Cholera in India, 1862 to 1881
Year: 1862
Disease focus: Cholera
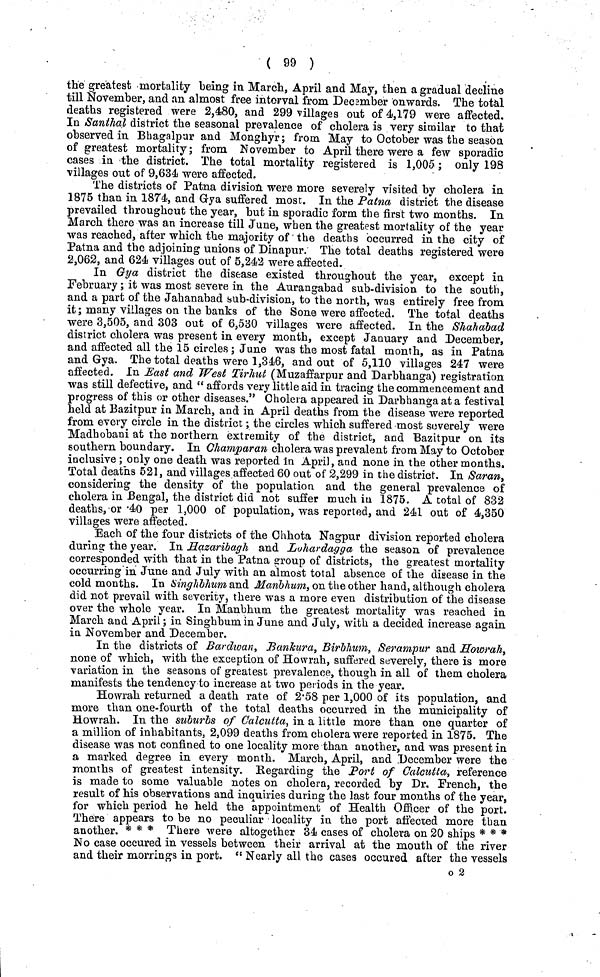
( 99 )
the greatest mortality being in March, April and May, then a gradual decline
till November, and an almost free interval from December onwards. The total
deaths registered were 2,480, and 299 villages out of 4,179 were affected.
In Santhal district the seasonal prevalence of cholera is very similar to that
observed in Bhagalpar and Monghyr; from May to October was the season
of greatest mortality; from November to April there were a few sporadic
cases in the district. The total mortality registered is 1,005; only 198
villages out of 9,634 were affected.
The districts of Patna division were more severely visited by cholera in
1875 than in 1874, and Gya suffered most. In the Patna district the disease
prevailed throughout the year, but in sporadic form the first two months. In
March there was an increase till June, when the greatest mortality of the year
was reached, after which the majority of the deaths occurred in the city of
Patna and the adjoining unions of Dinapur. The total deaths registered were
2,062, and 624 villages out of 5,242 were affected.
In Gya district the disease existed throughout the year, except in
February; it was most severe in the Aurangabad" sub-division to the south,
and a part of the Jahanabad sub-division, to the north, was entirely free from
it; many villages on the banks of the Sone were affected. The total deaths
were 3,505, and 303 out of 6,530 villages were affected. In the Shahabad
district cholera was present in every month, except January and December,
and affected all the 15 circles; June was the most fatal month, as in Patna
and Gya, The total deaths were 1,346, and out of 5,110 villages 247 were
affected. In East and West Tirhut (Muzaffarpur and Darbhanga) registration
was still defective, and " affords very little aid in tracing the commencement and
progress of this or other diseases." Cholera appeared in Darbhanga at a festival
held at Bazitpur in March, and in April deaths from the disease were reported
from every circle in the district; the circles which suffered most severely were
Madhobani at the northern extremity of the district, and Bazitpur on its
southern boundary. In Ghamparan cholera was prevalent from May to October
inclusive; only one death was reported in April, and none in the other months.
Total deatns 521, and villages affected 60 out of 2,299 in the district. In Saran,
considering the density of the population and the general prevalence of
cholera in Bengal, the district did not suffer much in 1875. A total of 832
deaths, or '40 per 1,000 of population, was reported, and 241 out of 4,350
villages were affected.
Each of the four districts of the Chhota Nagpur division reported cholera
during the year. In Hazaribagh and Lohardagga the season of prevalence
corresponded with that in the Patna group of districts, the greatest mortality
occurring in June and July with an almost total absence of the disease in the
cold months. In Singhbhum and Manbhum, on the other hand, although cholera
did not prevail with severity, there was a more even distribution of the disease
over the whole year. In Manbhum the greatest mortality was reached in
March and April; in Singhbum in June and July, with a decided increase again
in November and December.
In the districts of Bardwan, Bankura, Birbhum, Serampur and Howrah t
none of which, with the exception of Howrah, suffered severely, there is more
variation in the seasons of greatest prevalence, though in all of them cholera
manifests the tendency to increase at two periods in the year.
Howrah returned a death rate of 2.58 per 1,000 of its population, and
more than one-fourth of the total deaths occurred in the municipality of
Howrah. In the suburbs of Calcutta, in a little more than one quarter of
a million of inhabitants, 2,099 deaths from cholera were reported in 1875. The
disease was not confined to one locality more than another, and was present in
a marked degree in every month. March, April, and December were the
months of greatest intensity. Regarding the Port of Calcutta, reference
is made to some valuable notes on cholera, recorded by Dr. French, the
result of his observations and inquiries during the last four months of the year,
for which period he held the appointment of Health Officer of the port.
There appears to be no peculiar locality in the port affected more than
another. * * * There were altogether 34 cases of cholera on 20 ships * * *
No case occured in vessels between their arrival at the mouth of the river
and their morrings in port. " Nearly all the cases occured after the vessels
o 2